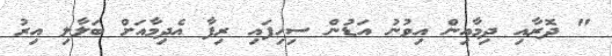
" ދޮރާއި ދިމާއިން އިވުނު އަޑުން ސިހިފައި ރިފާ އެދިމާއަށް ބަލާލި އިރު